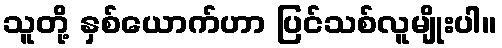
သူတို့ နှစ်ယောက်ဟာ ပြင်သစ်လူမျိုးပါ။